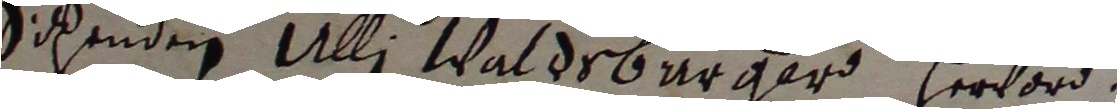
sihenden Ulli Wal dsbargard zeord.